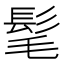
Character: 髦